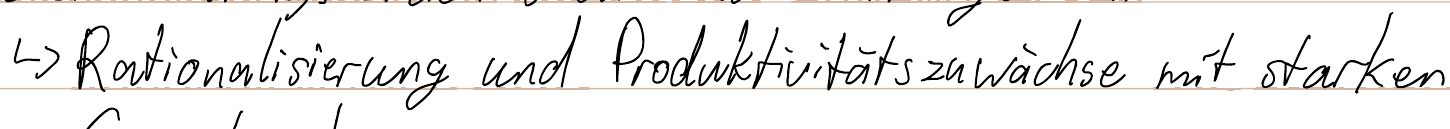
-> Rationalisierung und Produktivitätszuwächse mit starken